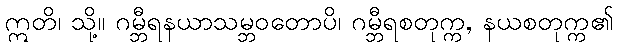
ဣတိ၊ သို့။ ဂမ္ဘီရနယာသမ္ဘဝတောပိ၊ ဂမ္ဘီရစတုက္က, နယစတုက္က၏